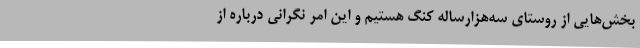
بخش‌هایی از روستای سه‌هزارساله کنگ هستیم و این امر نگرانی درباره از